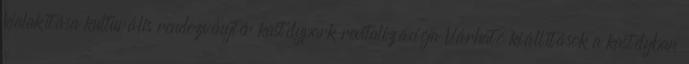
kialakítása kulturális rendezvénytér kastélypark revitalizációja Várható kiállítások a kastélyban